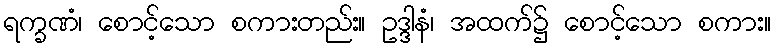
ရက္ခဏံ၊ စောင့်သော စကားတည်း။ ဥဒ္ဒါနံ၊ အထက်၌ စောင့်သော စကား။